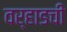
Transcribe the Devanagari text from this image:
वर्‍हाडची